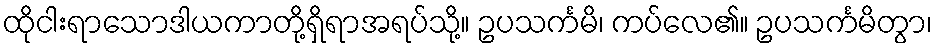
ထိုငါးရာသောဒါယကာတို့ရှိရာအရပ်သို့။ ဥပသင်္ကမိ၊ ကပ်လေ၏။ ဥပသင်္ကမိတွာ၊